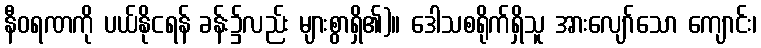
နီဝရဏကို ပယ်နိုငရန် ခန်း၌လည်း များစွာရှိ၏)။ ဒေါသစရိုက်ရှိသူ အားလျော်သော ကျောင်း၊